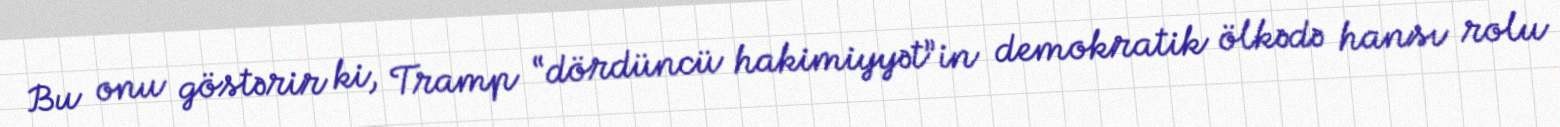
Bu onu göstərir ki, Tramp “dördüncü hakimiyyət”in demokratik ölkədə hansı rolu